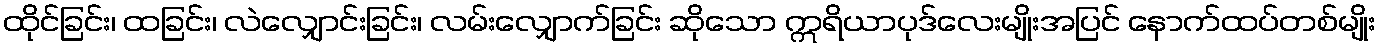
ထိုင်ခြင်း၊ ထခြင်း၊ လဲလျှောင်းခြင်း၊ လမ်းလျှောက်ခြင်း ဆိုသော ဣရိယာပုဒ်လေးမျိုးအပြင် နောက်ထပ်တစ်မျိုး